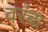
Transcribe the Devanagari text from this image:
वरंबा